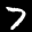
Label: 7